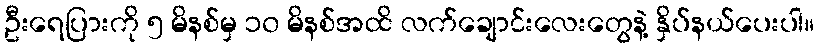
ဦးရေပြားကို ၅ မိနစ်မှ ၁၀ မိနစ်အထိ လက်ချောင်းလေးတွေနဲ့ နှိပ်နယ်ပေးပါ။